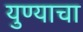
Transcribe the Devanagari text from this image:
युण्याचा